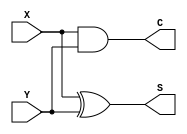
`timescale 1ns / 1ps
module half_adder(
 input X,
 input Y,
 output C,
 output S
 );
xor x1(S,X,Y);
and n(C,X,Y);
 
endmodule